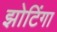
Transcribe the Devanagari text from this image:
झोटिंगा